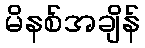
မိနစ်အချိန်